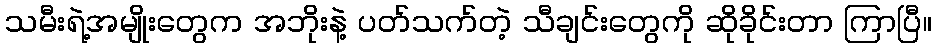
သမီးရဲ့အမျိုးတွေက အဘိုးနဲ့ ပတ်သက်တဲ့ သီချင်းတွေကို ဆိုခိုင်းတာ ကြာပြီ။